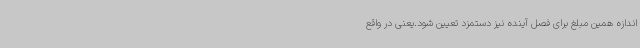
اندازه همین مبلغ برای فصل آینده نیز دستمزد تعیین شود.یعنی در واقع